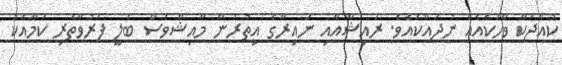
ކުއްޖަކާ ވާހަކައެއް ނުދައްކައެވެ. ރައިޝާއާއި ނައިރާގެ އިތުރުން މާއިޝްވެސް ބެލީ ފަރުވާތެރި ކަމާއެކު